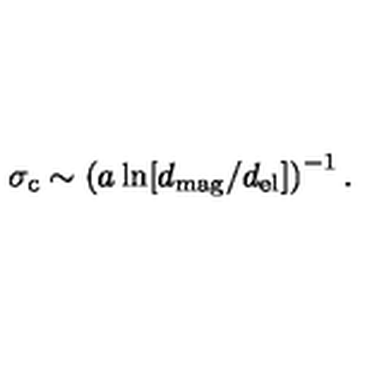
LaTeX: \sigma _ { \mathrm { c } } \sim \left( a \ln [ d _ { \mathrm { m a g } } / d _ { \mathrm { e l } } ] \right) ^ { - 1 } .